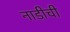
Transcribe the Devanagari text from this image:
नाडीची